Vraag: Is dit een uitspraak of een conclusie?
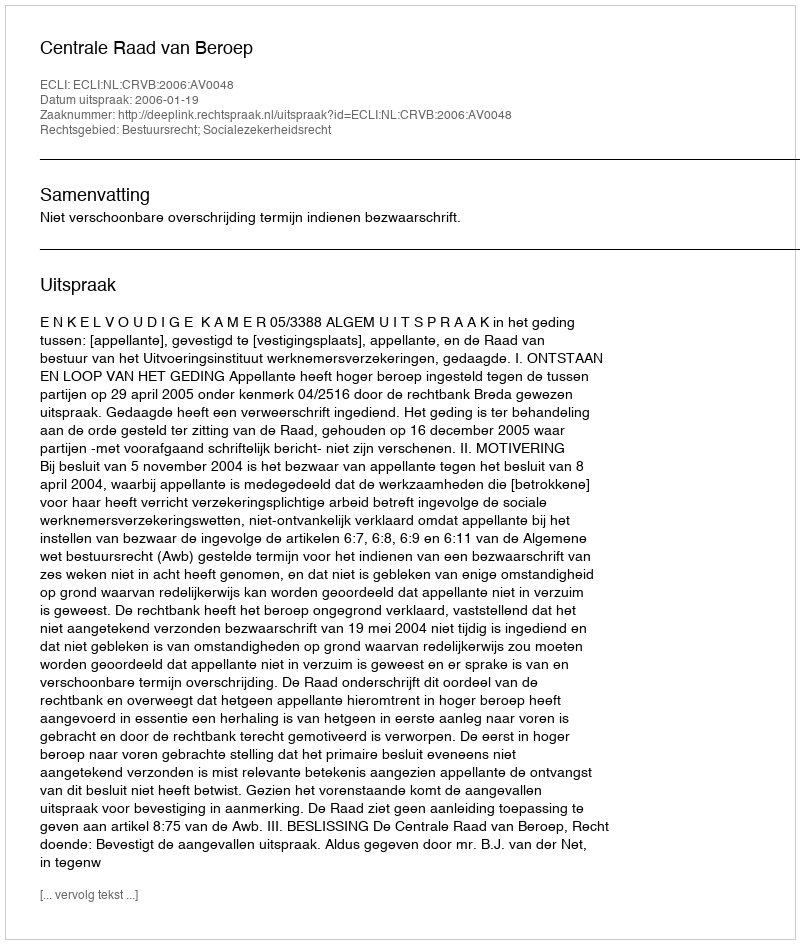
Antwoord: Uitspraak